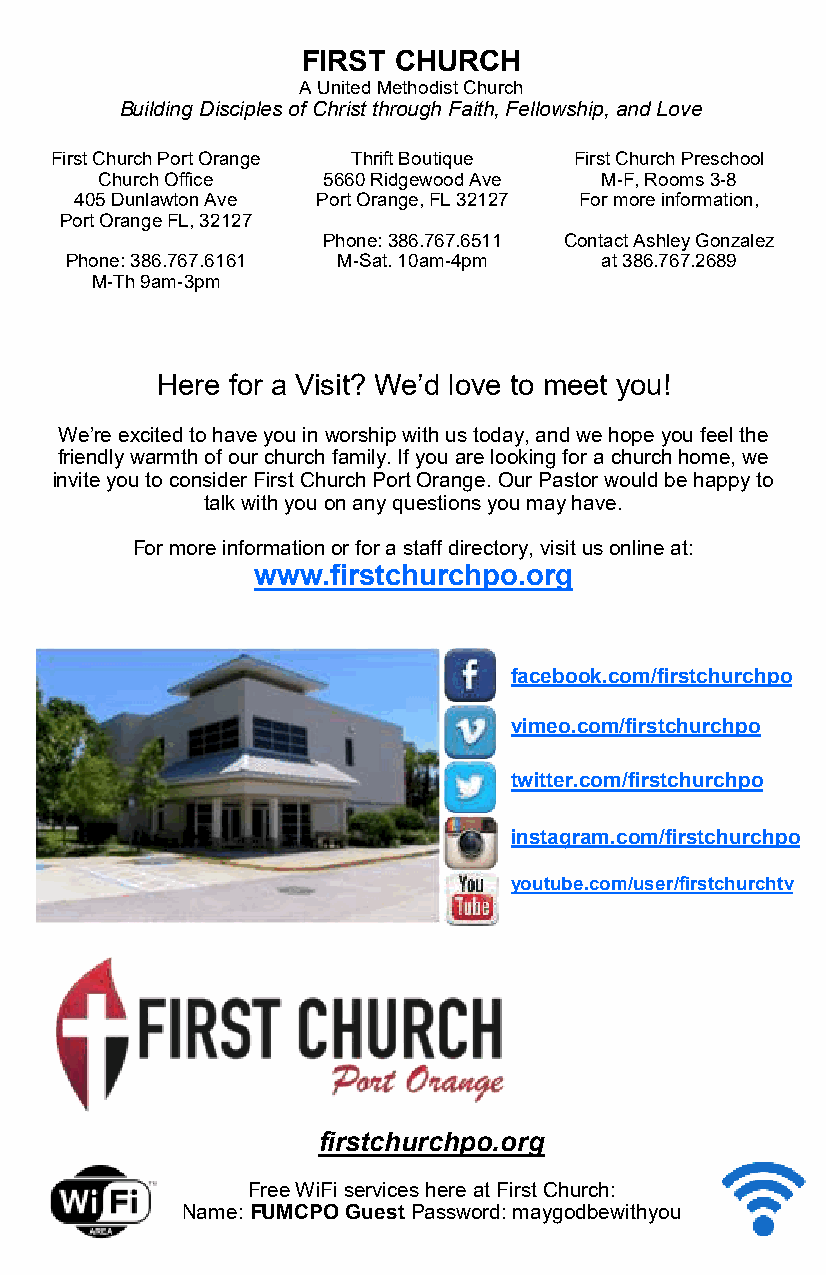
FIRST CHURCH
 A United Methodist Church
 Building Disciples of Christ through Faith, Fellowship, and Love
 First Church Port Orange Thrift Boutique First Church Preschool
 Church Office 5660 Ridgewood Ave M-F, Rooms 3-8
 405 Dunlawton Ave Port Orange, FL 32127 For more information,
 Port Orange FL, 32127
 Phone: 386.767.6511 Contact Ashley Gonzalez
 Phone: 386.767.6161 M-Sat. 10am-4pm at 386.767.2689
 M-Th 9am-3pm
 Here for a Visit? We’d love to meet you!
 We’re excited to have you in worship with us today, and we hope you feel the
 friendly warmth of our church family. If you are looking for a church home, we
 invite you to consider First Church Port Orange. Our Pastor would be happy to
 talk with you on any questions you may have.
 For more information or for a staff directory, visit us online at:
 www.firstchurchpo.org
 facebook.com/firstchurchpo
 vimeo.com/firstchurchpo
 twitter.com/firstchurchpo
 instagram.com/firstchurchpo
 youtube.com/user/firstchurchtv
 firstchurchpo.org
 Free WiFi services here at First Church:
 Name: FUMCPO Guest Password: maygodbewithyou